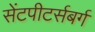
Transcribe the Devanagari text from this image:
सेंटपीटर्सबर्ग